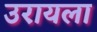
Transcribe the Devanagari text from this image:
उरायला